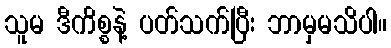
သူမ ဒီကိစ္စနဲ့ ပတ်သက်ပြီး ဘာမှမသိပါ။